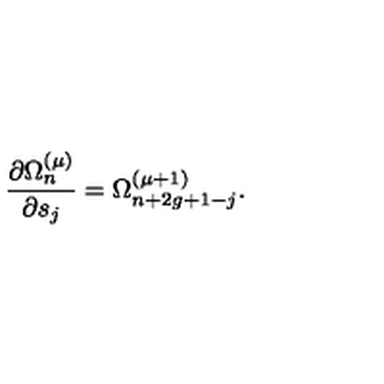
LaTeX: { \frac { \partial \Omega _ { n } ^ { ( \mu ) } } { \partial s _ { j } } } = \Omega _ { n + 2 g + 1 - j } ^ { ( \mu + 1 ) } .